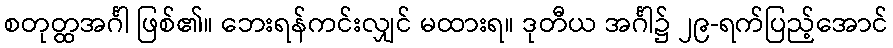
စတုတ္ထအင်္ဂါ ဖြစ်၏။ ဘေးရန်ကင်းလျှင် မထားရ။ ဒုတီယ အင်္ဂါ၌ ၂၉-ရက်ပြည့်အောင်